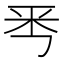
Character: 𠀭